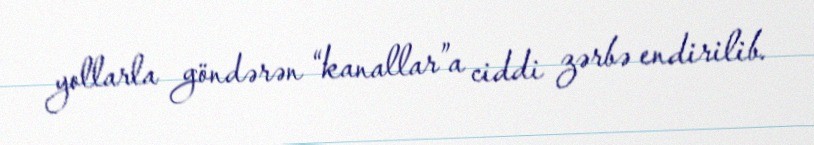
yollarla göndərən “kanallar”a ciddi zərbə endirilib.